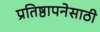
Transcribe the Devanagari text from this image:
प्रतिष्ठापनेसाठी